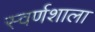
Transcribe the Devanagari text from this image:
स्वर्णशाला